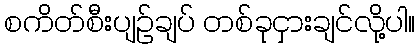
စကိတ်စီးပျဉ်ချပ် တစ်ခုငှားချင်လို့ပါ။